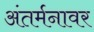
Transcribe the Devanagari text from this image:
अंतर्मनावर